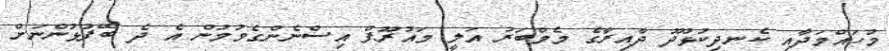
މުހައްމަދާއި ކެނދިކުޅުދޫ ދާއިރާގެ މެމްބަރު އަލީ މައުރޫފް އިސްނެންގެވުމުން އެ ދެ ބޭފުޅުންނަށް